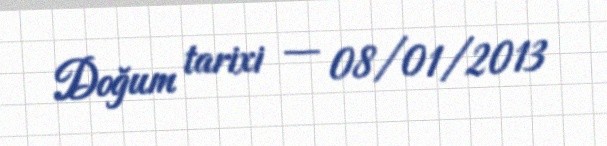
Doğum tarixi — 08/01/2013